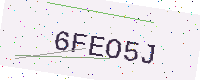
Text: 6FEO5J